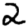
Digit: 2